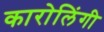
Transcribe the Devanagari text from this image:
कारोलिंगी